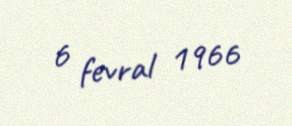
6 fevral 1966